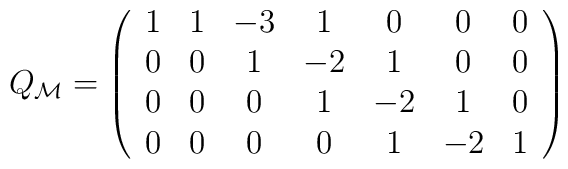
Q_{\cal M}=\left(\begin{array}{cccccccc}1& 1&-3& 1& 0& 0& 0 \\0& 0& 1&-2& 1& 0& 0 \\0& 0& 0& 1&-2& 1& 0 \\0& 0& 0& 0& 1&-2& 1\end{array}\right)